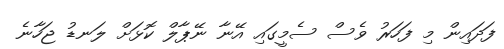
ފަދައިން މި ފަހަރު ވެސް ސެމީގައި އޭނާ ނޭޕާލް ކޮޅަށް ލަނޑު ޖަހާނެ